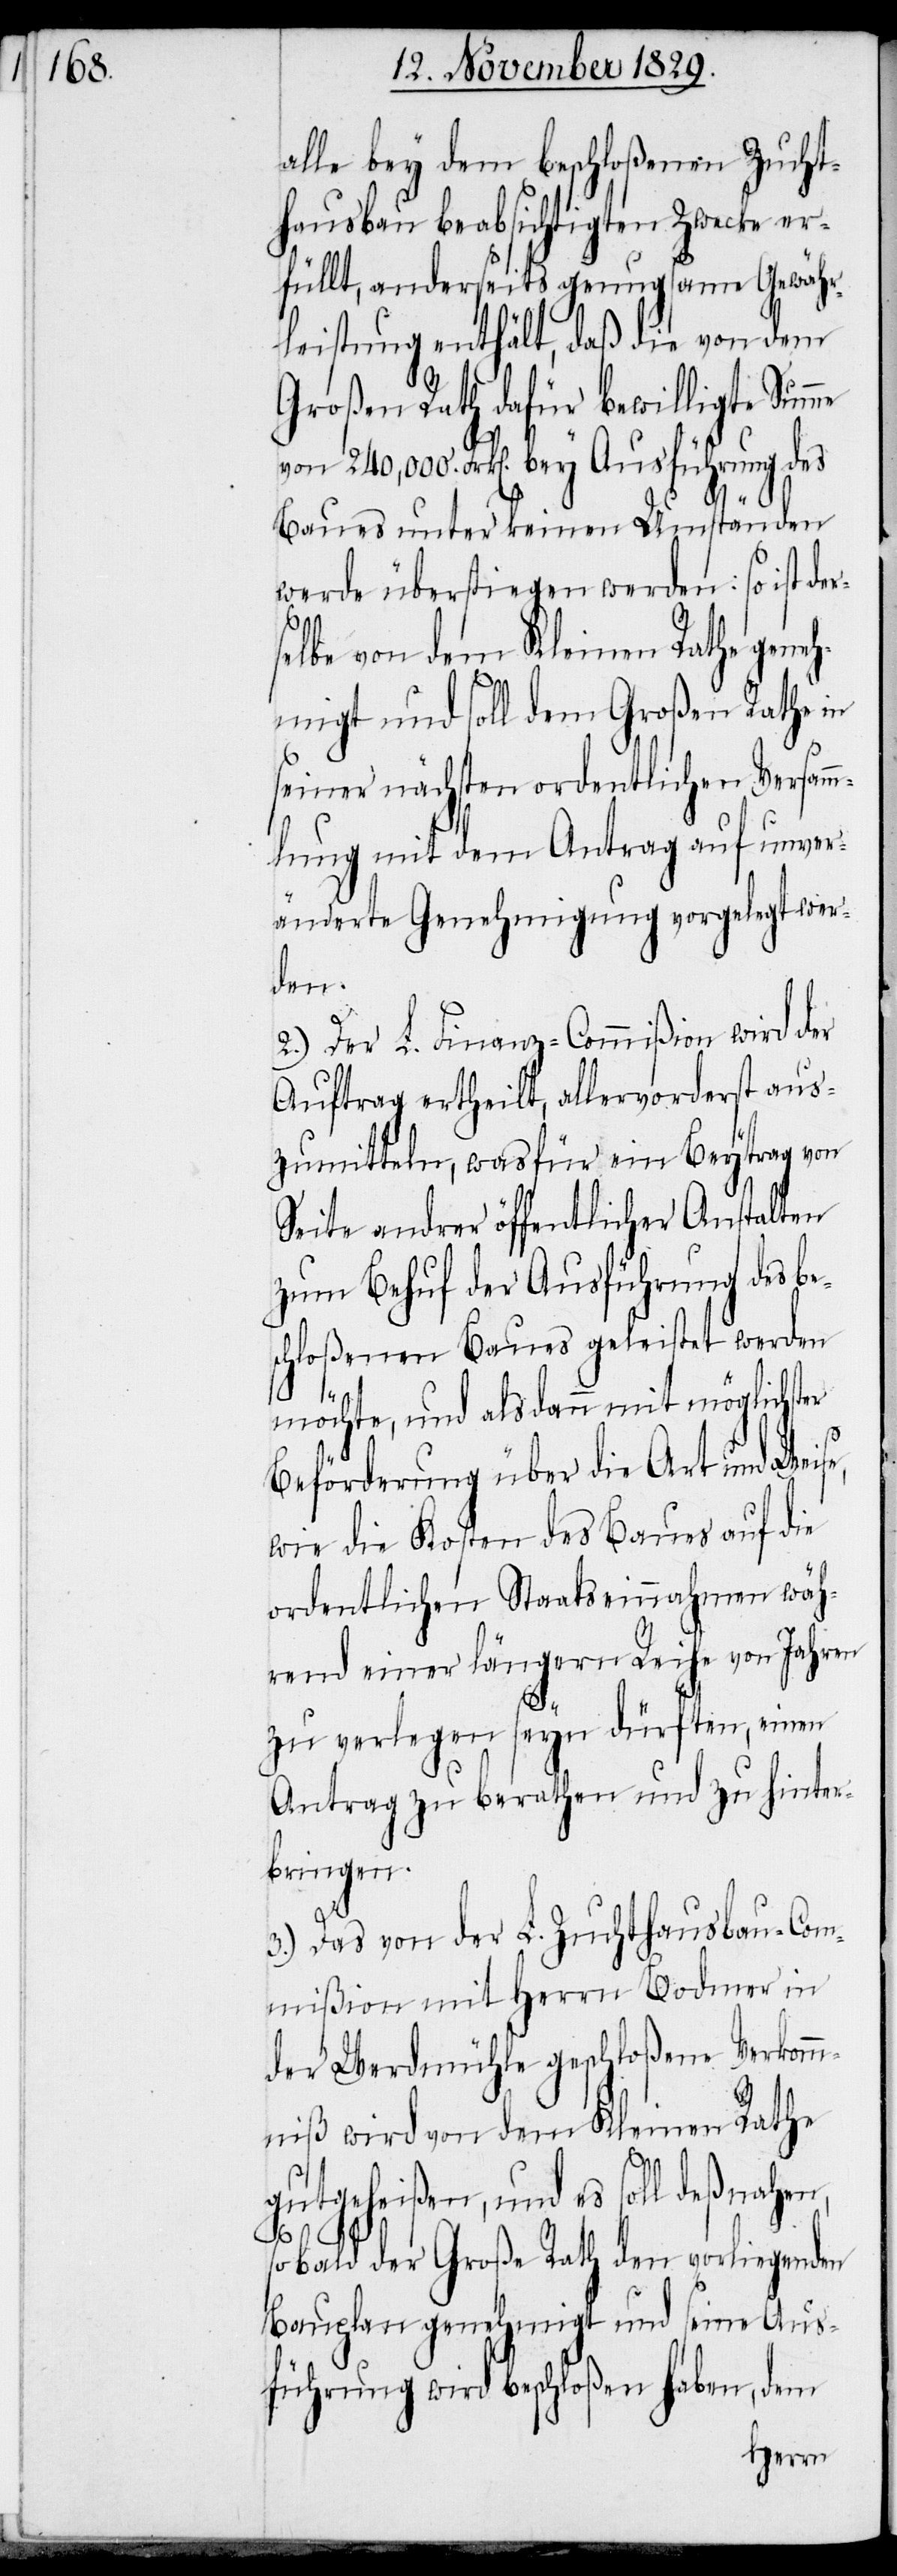
alle bey dem beschloßenen Zucht¬
hausbau beabsichtigten Zwecke er¬
füllt, anderseits genugsame Gewähr¬
leistung enthält, daß die von dem
Großen Rath dafür bewilligte Summe
von 240,000. Frk[en]. bey Ausführung des
Baues unter keinen Umständen
werde überstiegen werden: so ist de¬
r¬
selbe von dem Kleinen Rathe geneh¬
migt und soll dem Großen Rathe in
seiner nächsten ordentlichen Versamm¬
lung mit dem Antrag auf unver¬
änderte Genehmigung vorgelegt wer¬
den.
2.) Der L. Finanz-Commißion wird der
Auftrag ertheilt, allervorderst aus¬
zumitteln, was für ein Beytrag von
Seite andrer öffentlicher Anstalten
zum Behuf der Ausführung des be¬
schloßenen Baues geleistet werden
möchte, und als dann mit möglichster
Beförderung über die Art und Weise,
wie die Kosten des Baues auf die
ordentlichen Staatseinnahmen wäh¬
rend einer längern Reihe von Jahren
zu verlegen seyn dürften, einen
Antrag zu berathen und zu hinter¬
bringen.
3.) Das von der L. Zuchthausbau-Com¬
mißion mit Herrn Bodmer in
der Werdmühle geschloßene Verkomm¬
niß wird von dem Kleinen Rathe
gutgeheißen, und es soll deßnahen,
sobald der Große Rath den vorliegenden
Bauplan genehmigt und seine Aus¬
führung wird beschloßen haben, dem